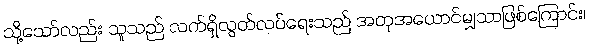
သို့သော်လည်း သူသည် လက်ရှိလွတ်လပ်ရေးသည် အတုအယောင်မျှသာဖြစ်ကြောင်း၊